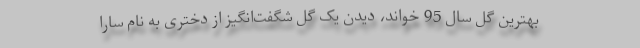
بهترین گل سال 95 خواند، دیدن یک گل شگفت‌انگیز از دختری به نام سارا